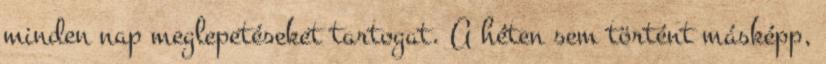
minden nap meglepetéseket tartogat. A héten sem történt másképp,